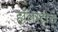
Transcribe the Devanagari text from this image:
हॉलस्टील